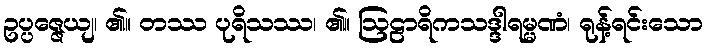
ဥပ္ပဇ္ဇေယျ၊ ၏။ တဿ ပုရိသဿ၊ ၏။ ဩဠာရိကသဒ္ဒါရမ္မဏံ၊ ရုန့်ရင်းသော